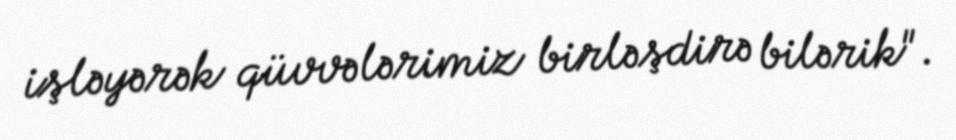
işləyərək qüvvələrimiz birləşdirə bilərik".